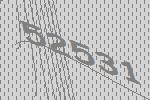
52531